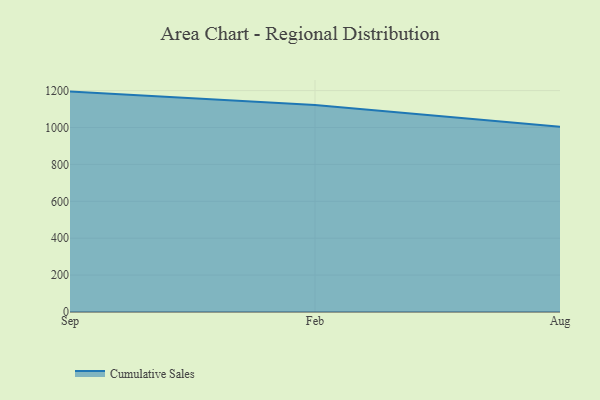
{"axis": {"x": "Month", "y": "Active Users"}, "legend": ["Cumulative Sales"], "data": [{"x": "Sep", "y": 1194.6, "type": "Cumulative Sales"}, {"x": "Feb", "y": 1121.5, "type": "Cumulative Sales"}, {"x": "Aug", "y": 1004.3, "type": "Cumulative Sales"}]}